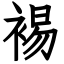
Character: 裼